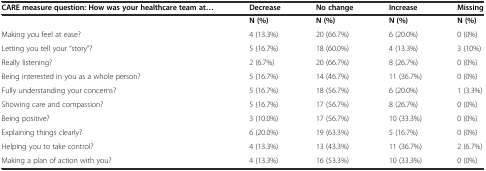
<table><thead><tr><td><b>CARE measure question: How was your healthcare team at...</b></td><td><b>Decrease</b></td><td><b>No change</b></td><td><b>Increase</b></td><td><b>Missing</b></td></tr></thead><tbody><tr><td>[EMPTY_CELL]</td><td><b>N (%)</b></td><td><b>N (%)</b></td><td><b>N (%)</b></td><td><b>N (%)</b></td></tr><tr><td>Making you feel at ease?</td><td>4 (13.3%)</td><td>20 (66.7%)</td><td>6 (20.0%)</td><td>0 (0%)</td></tr><tr><td>Letting you tell your “story”?</td><td>5 (16.7%)</td><td>18 (60.0%)</td><td>4 (13.3%)</td><td>3 (10%)</td></tr><tr><td>Really listening?</td><td>2 (6.7%)</td><td>20 (66.7%)</td><td>8 (26.7%)</td><td>0 (0%)</td></tr><tr><td>Being interested in you as a whole person?</td><td>5 (16.7%)</td><td>14 (46.7%)</td><td>11 (36.7%)</td><td>0 (0%)</td></tr><tr><td>Fully understanding your concerns?</td><td>5 (16.7%)</td><td>18 (56.7%)</td><td>6 (20.0%)</td><td>1 (3.3%)</td></tr><tr><td>Showing care and compassion?</td><td>5 (16.7%)</td><td>17 (56.7%)</td><td>8 (26.7%)</td><td>0 (0%)</td></tr><tr><td>Being positive?</td><td>3 (10.0%)</td><td>17 (56.7%)</td><td>10 (33.3%)</td><td>0 (0%)</td></tr><tr><td>Explaining things clearly?</td><td>6 (20.0%)</td><td>19 (63.3%)</td><td>5 (16.7%)</td><td>0 (0%)</td></tr><tr><td>Helping you to take control?</td><td>4 (13.3%)</td><td>13 (43.3%)</td><td>11 (36.7%)</td><td>2 (6.7%)</td></tr><tr><td>Making a plan of action with you?</td><td>4 (13.3%)</td><td>16 (53.3%)</td><td>10 (33.3%)</td><td>0 (0%)</td></tr></tbody></table>